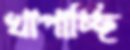
খাপাচ্ছি